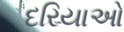
દરિયાઓ